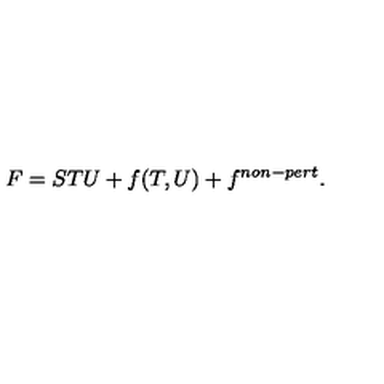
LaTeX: F = S T U + f ( T , U ) + f ^ { n o n - p e r t } .